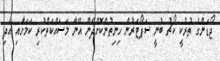
ޖޯޑަންގެ ތުރުކީ ކޯޗު ބުނީ ސަޕޯޓަރުން ހިނިތުންކޮށްދޭން އޭނާ މަސައްކަތްކުރި ކަމަށާއި އަދި